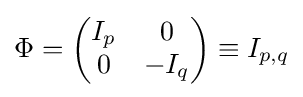
\Phi =\left({\begin{matrix}I_{p}&0\\0&-I_{q}\end{matrix}}\right)\equiv I_{p,q}